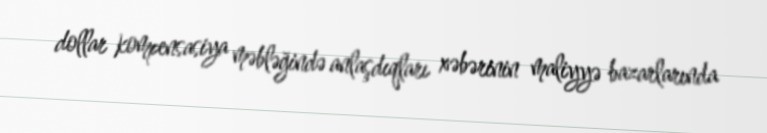
dollar kompensasiya məbləğində anlaşdıqları xəbərinin maliyyə bazarlarında